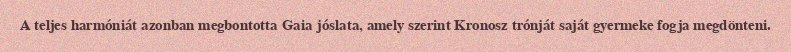
A teljes harmóniát azonban megbontotta Gaia jóslata, amely szerint Kronosz trónját saját gyermeke fogja megdönteni.